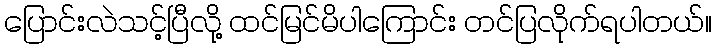
ပြောင်းလဲသင့်ပြီလို့ ထင်မြင်မိပါကြောင်း တင်ပြလိုက်ရပါတယ်။